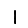
Digit: 1